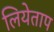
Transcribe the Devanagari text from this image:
लियेताप